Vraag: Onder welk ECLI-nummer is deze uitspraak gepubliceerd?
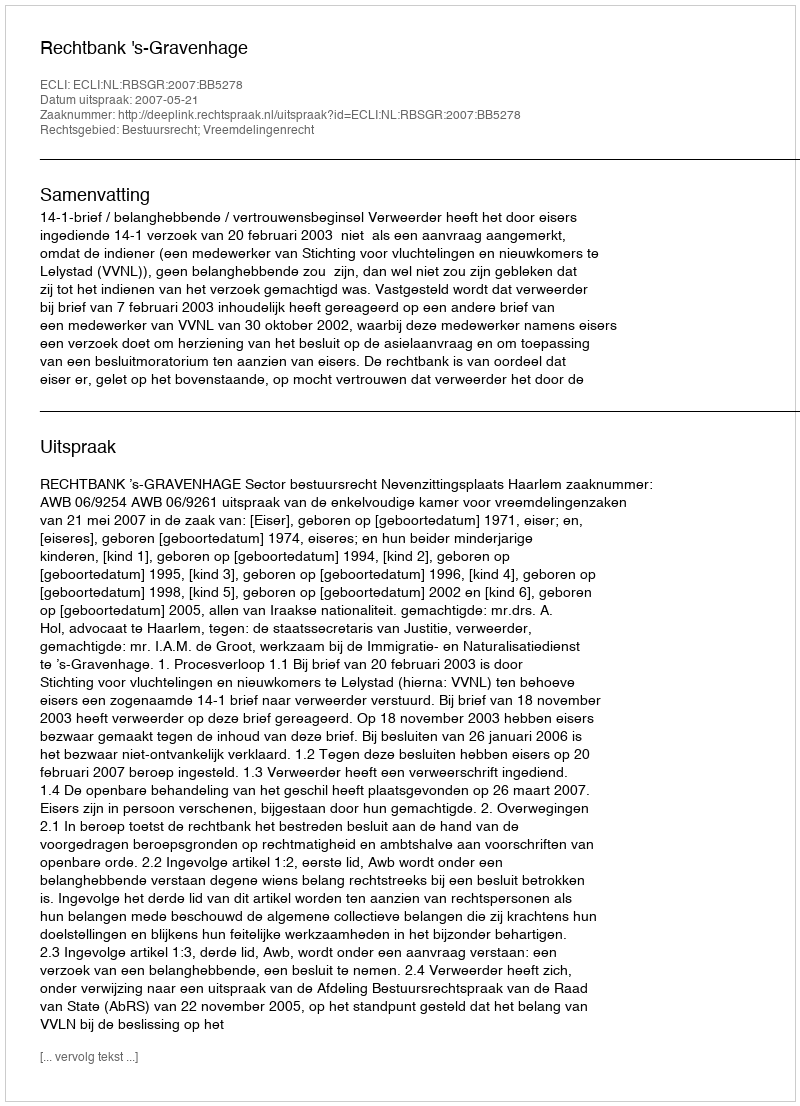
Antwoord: ECLI:NL:RBSGR:2007:BB5278